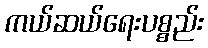
ကယ်ဆယ်ရေးပစ္စည်း